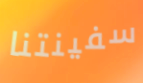
سفينتنا